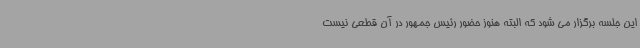
این جلسه برگزار می شود که البته هنوز حضور رئیس جمهور در آن قطعی نیست